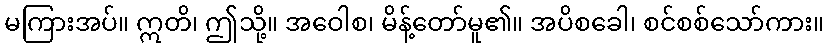
မကြားအပ်။ ဣတိ၊ ဤသို့။ အဝေါစ၊ မိန့်တော်မူ၏။ အပိစခေါ၊ စင်စစ်သော်ကား။